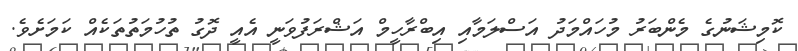
ކޮމިޝަނުގެ މެންބަރު މުހައްމަދު އަސްލަމާއި އިބްރާހީމް އަޝްރަފުވަނީ އެއީ ދޮގު ތުހުމަތުތަކެއް ކަމަށެވެ.